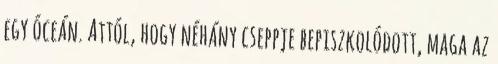
egy óceán. Attól, hogy néhány cseppje bepiszkolódott, maga az